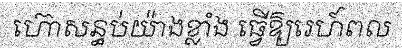
ហ៊ោសន្ធប់យ៉ាងខ្លាំង ធ្វើឱ្យរេហ៍ពល